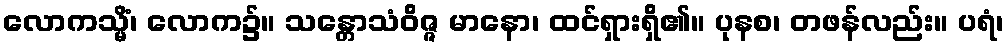
လောကသ္မိံ၊ လောက၌။ သန္တောသံဝိဇ္ဇ မာနော၊ ထင်ရှားရှိ၏။ ပုနစ၊ တဖန်လည်း။ ပရံ၊